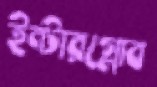
ইন্টারগ্লোব